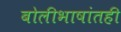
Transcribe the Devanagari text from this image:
बोलीभाषांतही